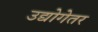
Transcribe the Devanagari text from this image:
उद्योगेतर